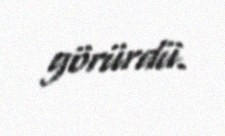
görürdü.